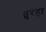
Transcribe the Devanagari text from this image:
तुरहा